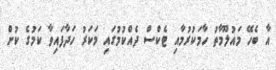
އާ ބެހޭ މައުލޫމާތު ހާމަކުރުމާއި ޓެކްސް ދެއްކުމުގައި މަކަރު ހަދާފައިވާ ކަމުގެ ކުށް